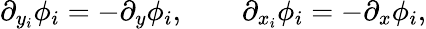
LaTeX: \partial_{y_{i}}\phi_{i}=-\partial_{y}\phi_{i},\qquad\partial_{x_{i}}\phi_{i}=-\partial_{x}\phi_{i},